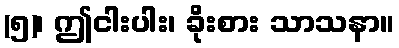
(၅)၊ ဤငါးပါး၊ ခိုးစား သာသနာ။